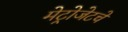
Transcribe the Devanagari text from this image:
मेट्रोजेटचे